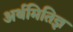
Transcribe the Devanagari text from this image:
अर्थमितिज्ञ